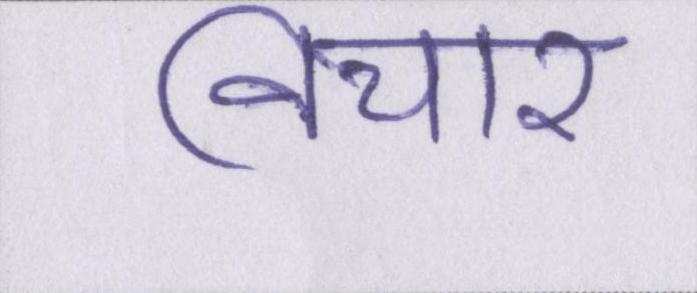
विचार